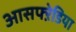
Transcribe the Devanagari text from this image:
आसफ्ऱेडिया